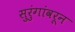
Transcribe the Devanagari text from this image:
सुरुंगांवरून